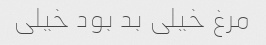
مرغ خیلی بد بود خیلی